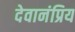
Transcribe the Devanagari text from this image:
देवानंप्रिय